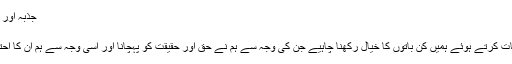
جذبہ اور وفا داری - فتح اللہ گولن کی ويب سائٹ
جذبہ اور وفا داری
سوال :ان عظیم لوگوں کے بارے میں بات کرتے ہوئے ہمیں کن باتوں کا خیال رکھنا چاہیے جن کی وجہ سے ہم نے حق اور حقیقت کو پہچانا اور اسی وجہ سے ہم ان کا احترام اور ان سے شدید محبت کرتے ہیں؟